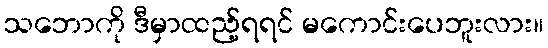
သဘောကို ဒီမှာထည့်ရရင် မကောင်းပေဘူးလား။